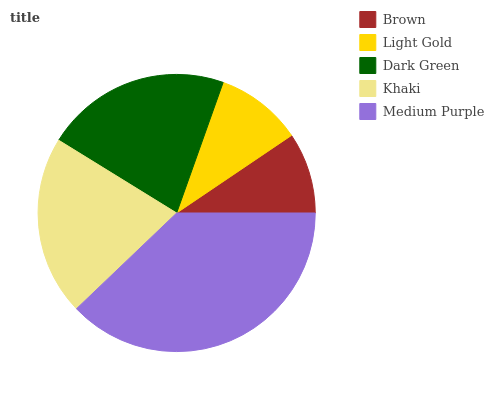
| Brown | Light Gold | Dark Green | Khaki | Medium Purple |
 | --- | --- | --- | --- | --- |
 | 9.45% | 10.1% | 21.6% | 21% | 37.8% |